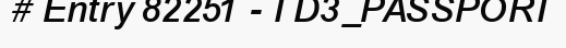
# Entry 82251 - TD3_PASSPORT